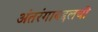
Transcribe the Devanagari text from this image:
अंतरंगाबद्दलची